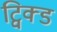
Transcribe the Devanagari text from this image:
ट्विक्ड